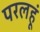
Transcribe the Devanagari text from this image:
परलहूं